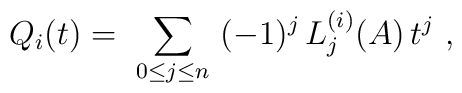
Q_i(t) = \ \sum_{0\leq j \leq n} \ (-1)^j\, L_j^{(i)}(A)\,t^j \ ,